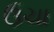
ઉચા